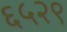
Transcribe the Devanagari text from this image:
६५२९